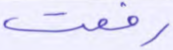
رفعت